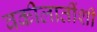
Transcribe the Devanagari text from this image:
वकीलातींशी